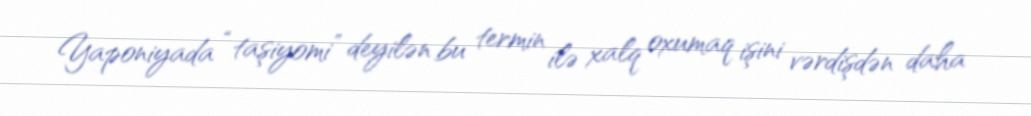
Yaponiyada “taşiyomi” deyilən bu termin ilə xalq oxumaq işini vərdişdən daha